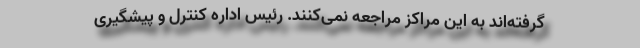
گرفته‌اند به این مراکز مراجعه نمی‌کنند. رئیس اداره کنترل و پیشگیری